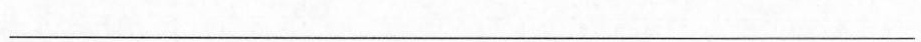
___